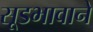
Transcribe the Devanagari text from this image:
सूडभावाने